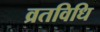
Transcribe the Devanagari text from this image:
व्रतविधि